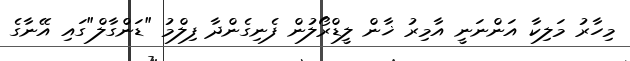
މިހާރު މަލިކާ އަންނަނީ އާމިރު ޚާން ލީޑްރޯލުން ފެނިގެންދާ ފިލްމު "ޑަންގާލް"ގައި އޭނާގެ